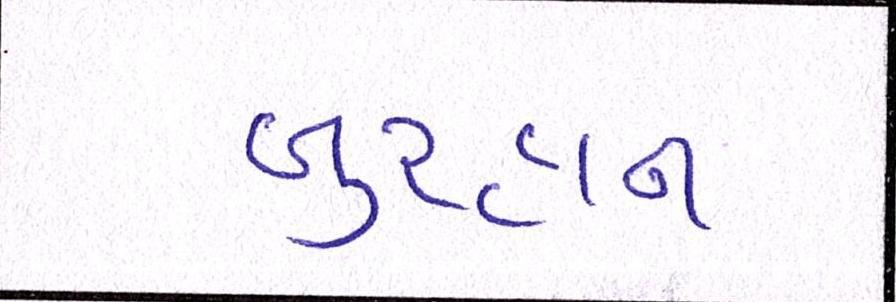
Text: બુરહાન